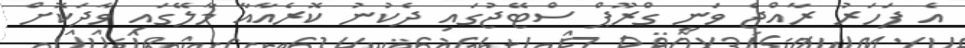
އެ ފަހަރު ރާއްޖެ ވަނީ ގްރޫޕް ސްޓޭޖުގައި ދެކުނު ކޮރެއާއާ މާލޭގައި ވާދަކޮށް